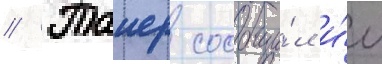
// Таиер сообщи́л и́м